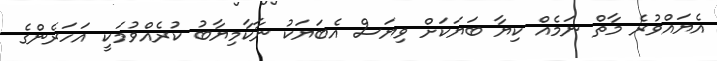
އެޔައްވުރެ މާތް ނަމެއް ކިޔާ ބަޔަކަށް ވިޔަސް އެބަޔަކު ނާކާމިޔާބު ކުރެއްވުމަކީ އަހަރެންގެ